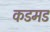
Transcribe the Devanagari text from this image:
कडमड